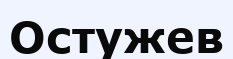
Остужев